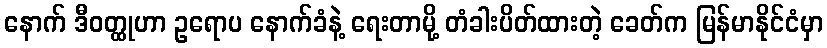
နောက် ဒီဝတ္ထုဟာ ဥရောပ နောက်ခံနဲ့ ရေးတာမို့ တံခါးပိတ်ထားတဲ့ ခေတ်က မြန်မာနိုင်ငံမှာ